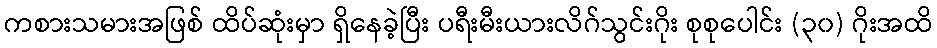
ကစားသမားအဖြစ် ထိပ်ဆုံးမှာ ရှိနေခဲ့ပြီး ပရီးမီးယားလိဂ်သွင်းဂိုး စုစုပေါင်း (၃၀) ဂိုးအထိ